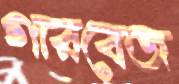
গারবেজ